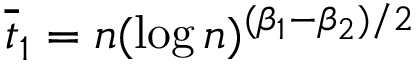
\overline { { t } } _ { 1 } = n ( \log n ) ^ { ( \beta _ { 1 } - \beta _ { 2 } ) / 2 }